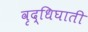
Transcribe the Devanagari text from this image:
वृद्धिघाती